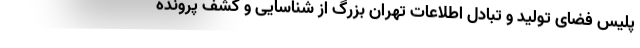
پلیس فضای تولید و تبادل اطلاعات تهران بزرگ از شناسایی و کشف پرونده